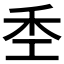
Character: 𫀧